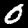
Digit: 0